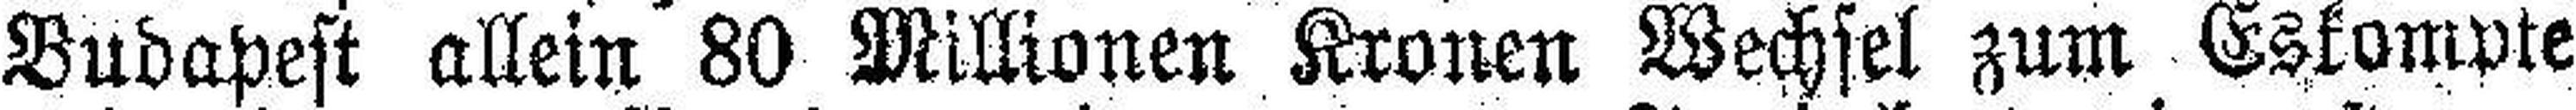
Budapest allein 80 Millionen Kronen Wechsel zum Eskompte